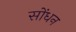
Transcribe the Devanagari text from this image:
सोंधन